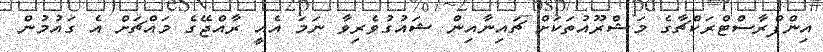
އިންފްރާސްޓްރަކްޗާގެ މަޝްރޫއުތަކަށް ޗައިނާއިން ޝައުގުވެރިވާ ނަމަ އެއީ ރާއްޖޭގެ މައްޗަށް އެ ގައުމުން